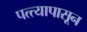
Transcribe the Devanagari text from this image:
पत्त्यापासून